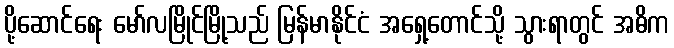
ပို့ဆောင်ရေး မော်လမြိုင်မြို့သည် မြန်မာနိုင်ငံ အရှေ့တောင်သို့ သွားရာတွင် အဓိက